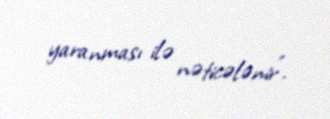
yaranması ilə nəticələnir”.